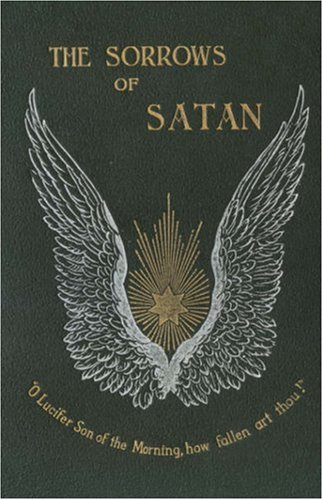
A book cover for The Sorrows of Satan; or, The Strange Experience of one Geoffrey Tempest, Millionaire (Valancourt Classics); Marie Corelli; Religion & Spirituality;